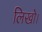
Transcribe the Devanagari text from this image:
लिखो।